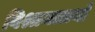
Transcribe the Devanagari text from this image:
विश्रामालयों